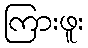
ကြားဖူး